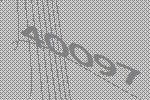
40097